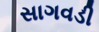
સાગવડી